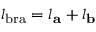
l _ { \mathrm { b r a } } = l _ { \mathbf { a } } + l _ { \mathbf { b } }